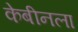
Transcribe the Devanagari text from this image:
केबीनला